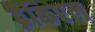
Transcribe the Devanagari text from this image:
ब्रैकिएल